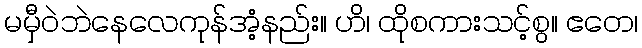
မမှီဝဲဘဲနေလေကုန်အံ့နည်း။ ဟိ၊ ထိုစကားသင့်စွ။ ဧတေ၊